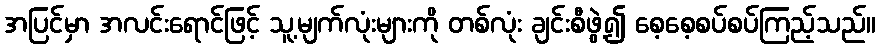
အပြင်မှာ အလင်းရောင်ဖြင့် သူ့မျက်လုံးများကို တစ်လုံး ချင်းစီဖွဲ့၍ စေ့စေ့စပ်စပ်ကြည့်သည်။